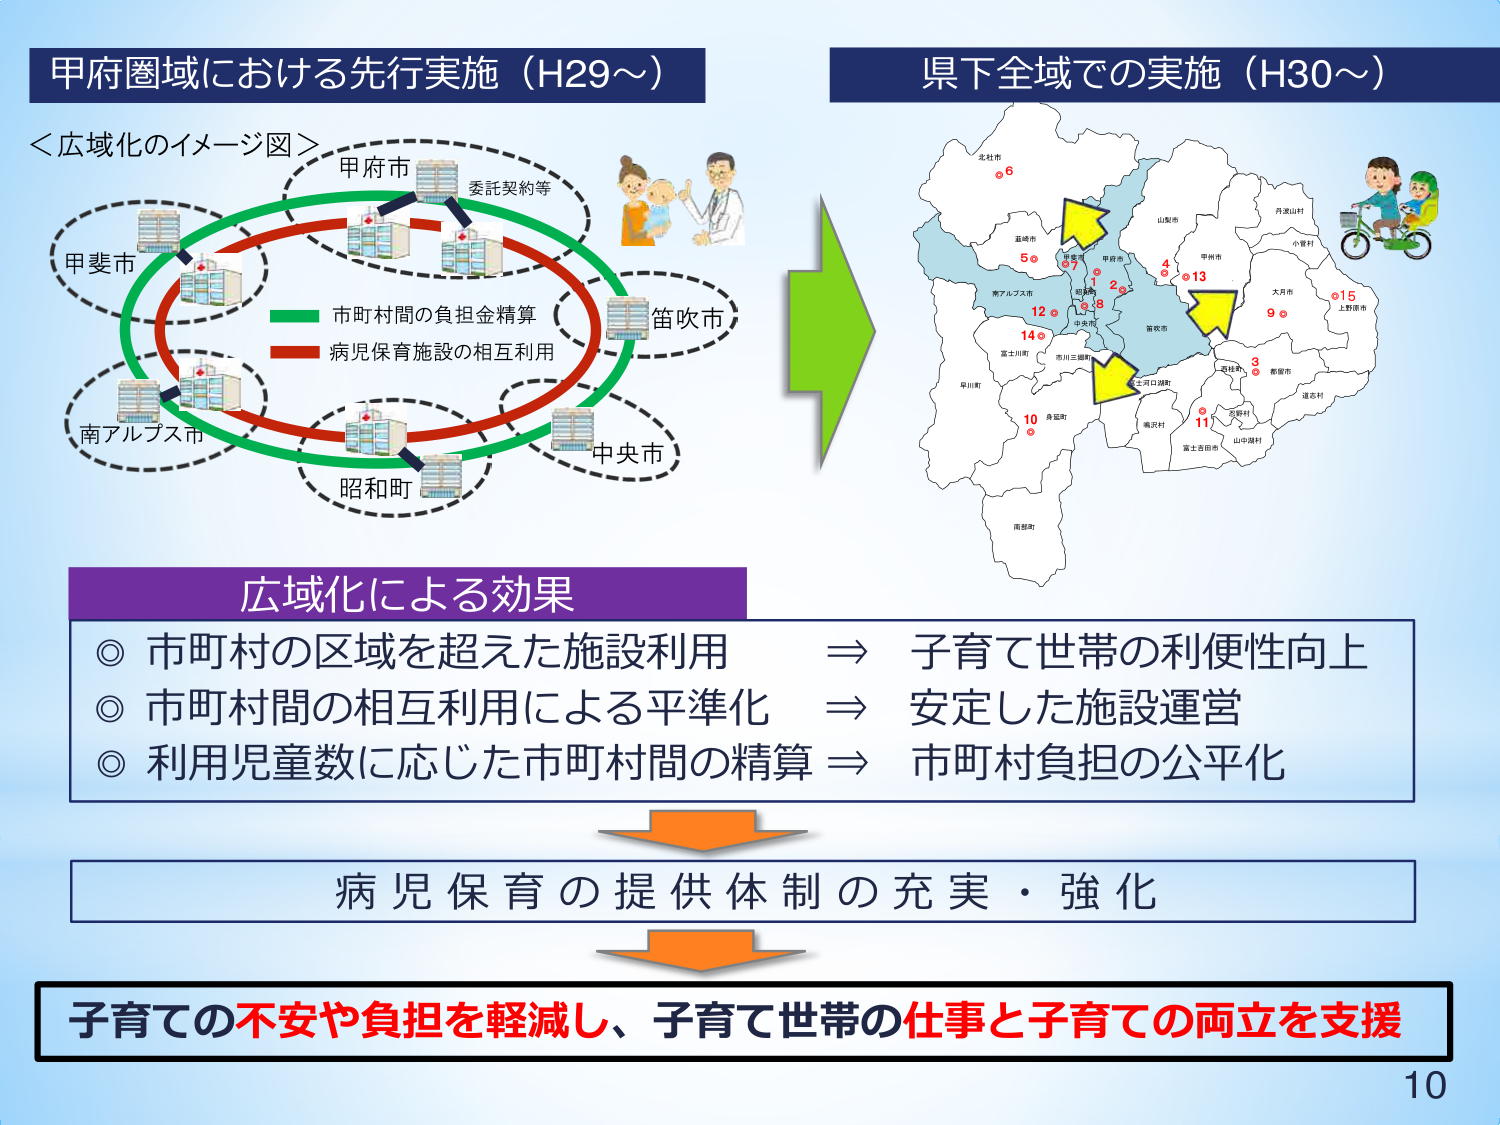
甲府圏域における先行実施（H29～）
＜広域化のイメージ図＞
甲府市
委託契約等
甲斐市
笛吹市
南アルプス市
中央市
昭和町
市町村間の負担金精算
病児保育施設の相互利用

県下全域での実施（H30～）
北杜市
6
山梨市
丹波山村
小菅村
大月市
15
上野原市
9
甲府市
1
2
3
4
13
5
7
8
12
14
10
11
身延町
南都留
早川町
富士川町
市川三郷町
上河内町
鳴沢村
富士吉田市
山中湖村
忍野村
都留市
道志村
南アルプス市
笛吹市

広域化による効果
◎ 市町村の区域を超えた施設利用 ⇒ 子育て世帯の利便性向上
◎ 市町村間の相互利用による平準化 ⇒ 安定した施設運営
◎ 利用児童数に応じた市町村間の精算 ⇒ 市町村負担の公平化

病児保育の提供体制の充実・強化

子育ての不安や負担を軽減し、子育て世帯の仕事と子育ての両立を支援

10